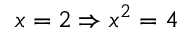
x = 2 \Rightarrow x ^ { 2 } = 4